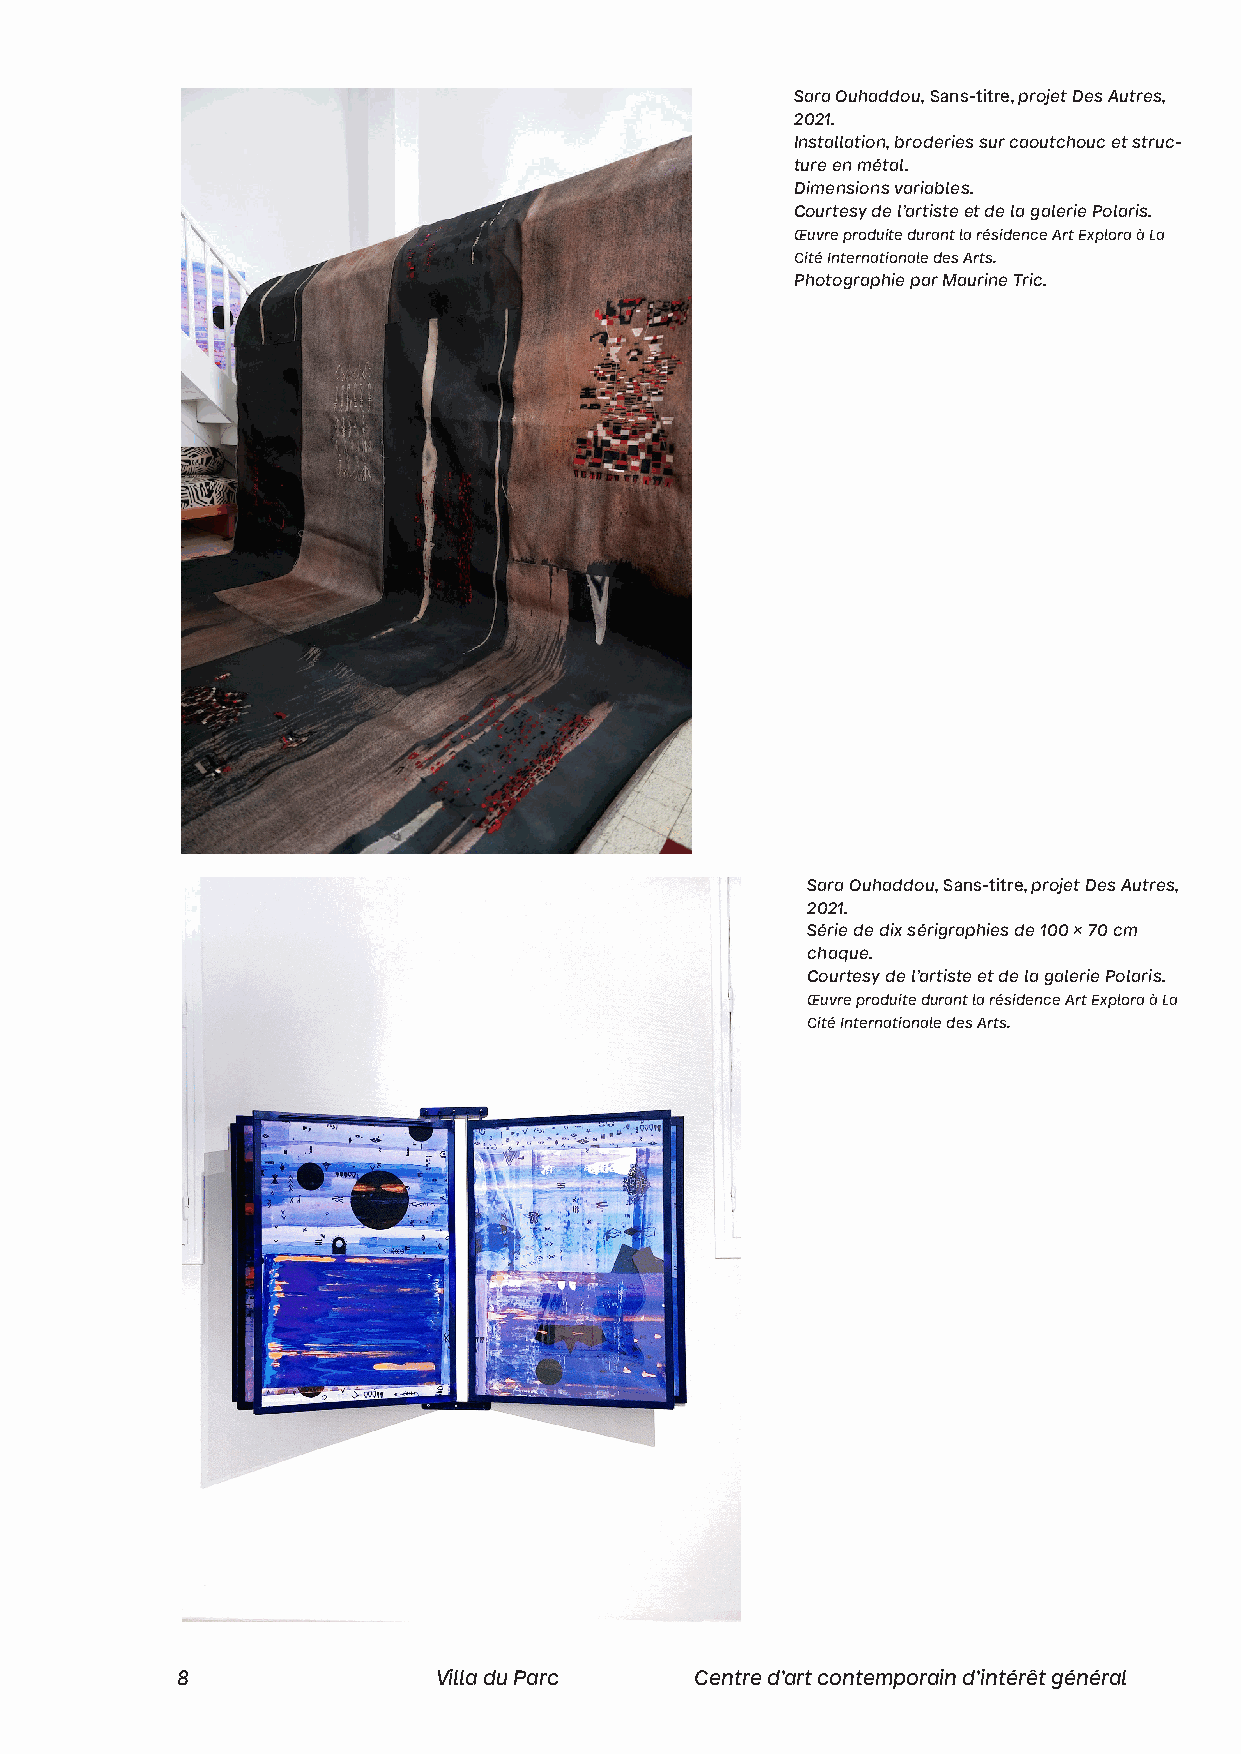
Sara Ouhaddou, Sans-titre, projet Des Autres,
 2021.
 Installation, broderies sur caoutchouc et struc-
 ture en métal.
 Dimensions variables.
 Courtesy de l’artiste et de la galerie Polaris.
 Œuvre produite durant la résidence Art Explora à La
 Cité Internationale des Arts.
 Photographie par Maurine Tric.
 Sara Ouhaddou, Sans-titre, projet Des Autres,
 2021.
 Série de dix sérigraphies de 100 x 70 cm
 chaque.
 Courtesy de l’artiste et de la galerie Polaris.
 Œuvre produite durant la résidence Art Explora à La
 Cité Internationale des Arts.
 8                Villa du Parc    Centre d’art contemporain d’intérêt général